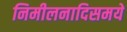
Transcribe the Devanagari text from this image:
निमीलनादिसमये